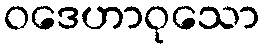
ဝဒေဟာဝုသော